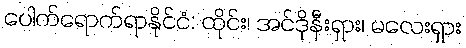
ပေါက်ရောက်ရာနိုင်ငံ: ထိုင်း၊ အင်ဒိုနီးရှား၊ မလေးရှား